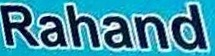
Rahand